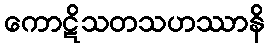
ကောဋိသတသဟဿာနိ